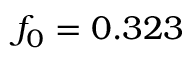
f _ { 0 } = 0 . 3 2 3